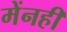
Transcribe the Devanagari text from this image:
मेंनहीं